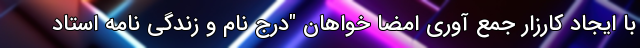
با ایجاد کارزار جمع آوری امضا خواهان "درج نام و زندگی نامه استاد